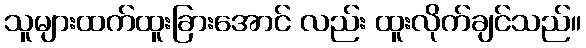
သူများထက်ထူးခြားအောင် လည်း ထူးလိုက်ချင်သည်။